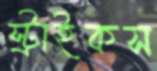
স্ট্রাইকস